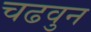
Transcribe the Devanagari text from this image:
चढवुन